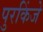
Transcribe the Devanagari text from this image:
पुरकिंजे